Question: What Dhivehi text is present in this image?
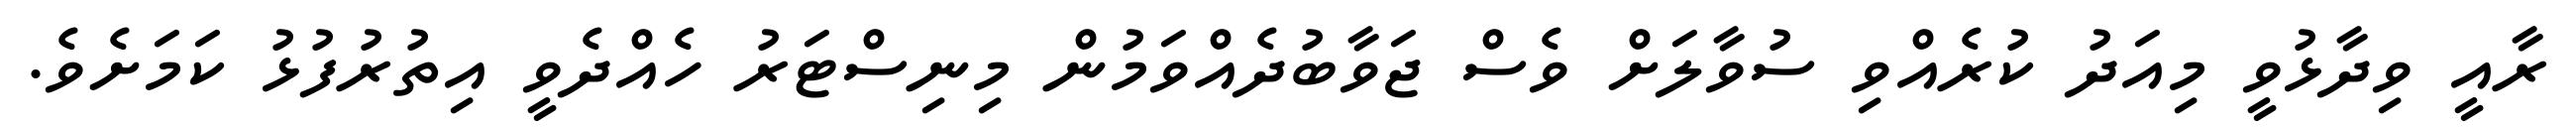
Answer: ރާއީ ވިދާޅުވީ މިއަދު ކުރެއްވި ސުވާލަށް ވެސް ޖަވާބުދެއްވަމުން މިނިސްޓަރު ހެއްދެވީ އިތުރުފުޅު ކަމަށެވެ.